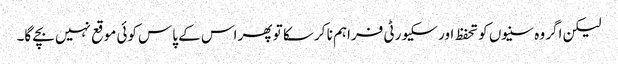
لیکن اگر وہ سنیوں کو تحفظ اور سکیورٹی فراہم نا کر سکا تو پھر اس کے پاس کوئی موقع نہیں بچے گا۔